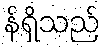
န်ရှိသည်